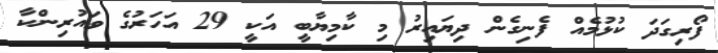
ފޯރިގަދަ ކުޅުމެއް ފެނިގެން ދިޔައިރު މި ކާމިޔާބީ އަކީ 29 އަހަރުގެ ވައުރިންކާ